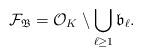
LaTeX: \begin{align*}\mathcal{F}_\mathfrak{B}=\mathcal{O}_K\setminus \bigcup_{\ell\geq 1}\mathfrak{b}_\ell.\end{align*}